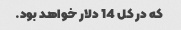
که در کل 14 دلار خواهد بود.